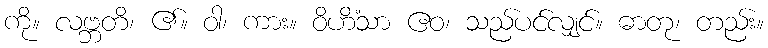
ကို။ လဗ္ဘတိ၊ ၏။ ဝါ၊ ကား။ ဝိဟိံသာ ဧဝ၊ သည်ပင်လျှင်။ ဓာတု၊ တည်း။